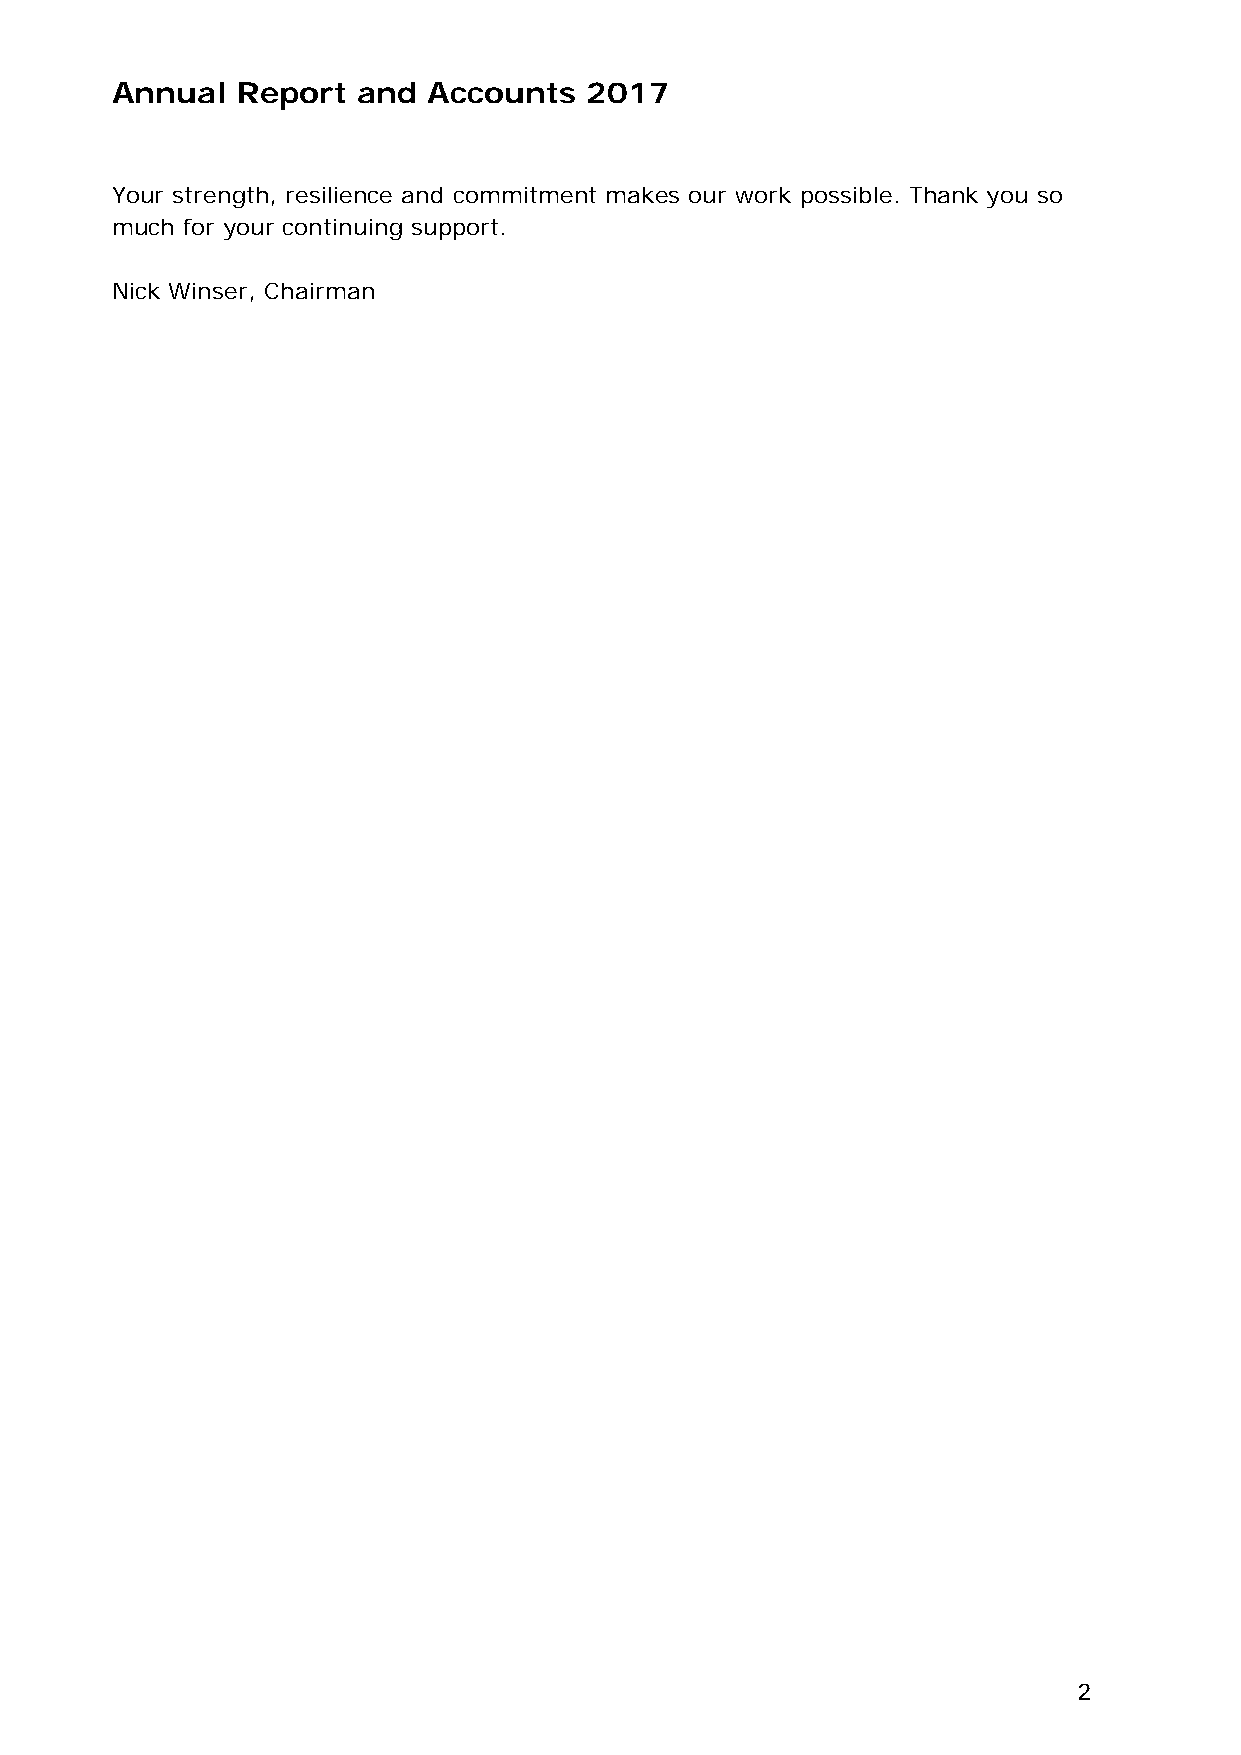
Annual   Report  and Accounts   2017
 Your strength, resilience and commitment makes our work possible. Thank you so
 much for your continuing support.
 Nick Winser, Chairman
 2